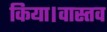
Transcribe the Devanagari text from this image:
किया।वास्तव